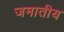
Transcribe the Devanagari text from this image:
जमातीय